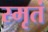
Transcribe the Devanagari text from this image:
स्मृतं